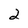
Character: 2